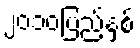
၂၀၁၀ပြည့်နှစ်